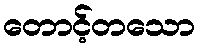
တောင့်တသော